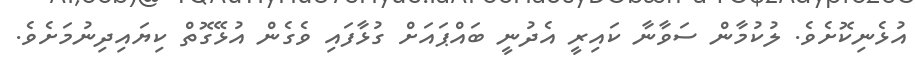
އުޅެނިކޮށެވެ. ލުކުމާން ސަވާނާ ކައިރީ އެދުނީ ބައްޕައަށް ގުޅާފައި ވެގެން އުޅޭގޮތް ކިޔައިދިނުމަށެވެ.